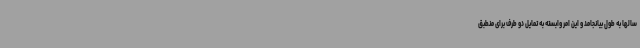
سالها به طول بیانجامد و این امر وابسته به تمایل دو طرف برای منطبق